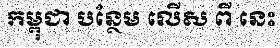
កម្ពុជា បន្ថែម លើស ពី នេះ